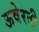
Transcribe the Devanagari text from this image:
ऊवेरती